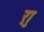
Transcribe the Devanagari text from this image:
र्‍ाु